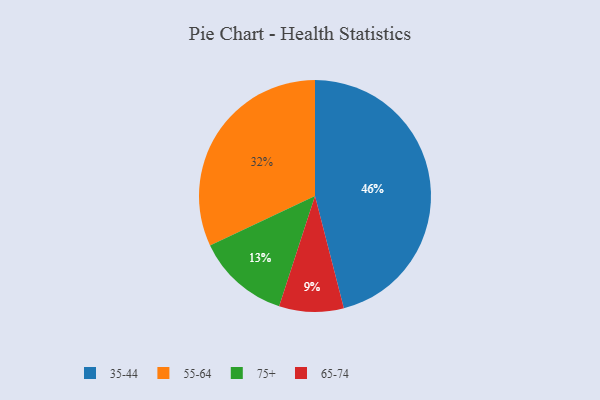
{"axis": {"x": "Category", "y": "Percentage"}, "legend": ["35-44", "55-64", "65-74", "75+"], "data": [{"x": "35-44", "y": 46, "type": "35-44"}, {"x": "75+", "y": 13, "type": "75+"}, {"x": "55-64", "y": 32, "type": "55-64"}, {"x": "65-74", "y": 9, "type": "65-74"}]}